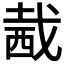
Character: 𧟭